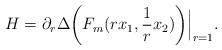
LaTeX: \begin{align*}H=\partial_r \Delta\biggl( F_m(rx_1, \frac 1 r x_2) \biggr) \Bigr|_{r=1}.\end{align*}